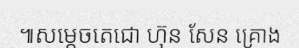
៕សម្តេចតេជោ ហ៊ុន សែន គ្រោង